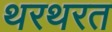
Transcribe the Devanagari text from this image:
थरथरत